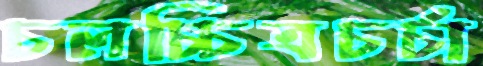
চলচ্চিত্রচর্চা